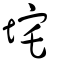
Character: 垞